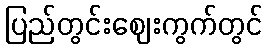
ပြည်တွင်းဈေးကွက်တွင်